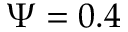
\Psi = 0 . 4